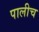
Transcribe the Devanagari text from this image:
पालीच